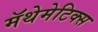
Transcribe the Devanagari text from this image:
मॅथेमेटिक्स